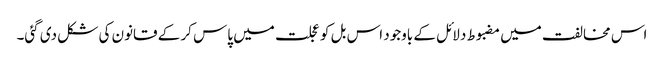
اس مخالفت میں مضبوط دلائل کے باوجود اس بل کو عجلت میں پاس کر کے قانون کی شکل دی گئی۔